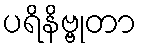
ပရိနိဗ္ဗုတာ